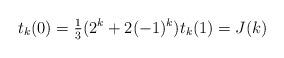
LaTeX: \begin{align*}t_k(0)= \tfrac{1}{3}( 2^k + 2 (-1)^k)t_k(1) = J(k)\end{align*}